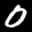
Label: 0